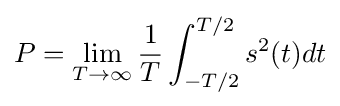
P=\lim _{T\rightarrow \infty }{\frac {1}{T}}\int _{-T/2}^{T/2}s^{2}(t)dt